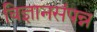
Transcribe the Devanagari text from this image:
विज्ञानसंपन्न